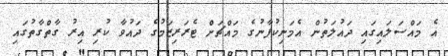
އެ މައްސަލައިގައި ދައުލަތުން އެމަނިކުފާނުގެ މައްޗަށް ޓެރަރިޒަމުގެ ދައުވާ ކުރި އިރު ގާތްގާތުގައި